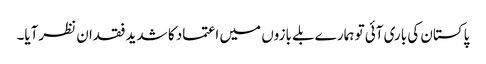
پاکستان کی باری آئی تو ہمارے بلے بازوں میں اعتماد کا شدید فقدان نظرآیا۔